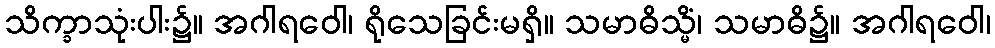
သိက္ခာသုံးပါး၌။ အဂါရဝေါ၊ ရိုသေခြင်းမရှိ။ သမာဓိသ္မိံ၊ သမာဓိ၌။ အဂါရဝေါ၊